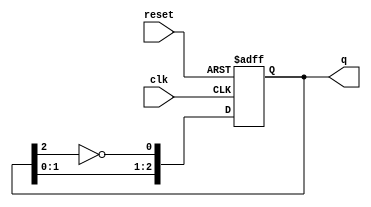
module modified_johnson_counter #(parameter N = 3) (
    input wire clk,           // Clock signal
    input wire reset,         // Asynchronous reset
    output reg [N-1:0] q      // Output state
);

// Internal signal for feedback
wire feedback;

// Assign feedback as the inverted MSB of the current state
assign feedback = ~q[N-1];

// Sequential logic for the Modified Johnson Counter
always @(posedge clk or posedge reset) begin
    if (reset) begin
        q <= 0; // Reset state to all zeros
    end else begin
        // Shift left and insert feedback into the least significant bit
        q <= {q[N-2:0], feedback};
    end
end

endmodule